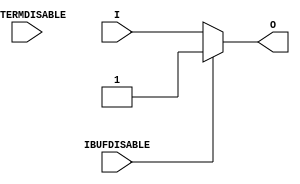
///////////////////////////////////////////////////////////////////////////////
// Copyright (c) 1995/2011 Xilinx, Inc.
// All Right Reserved.
///////////////////////////////////////////////////////////////////////////////
//   ____  ____
//  /   /\/   /
// /___/  \  /    Vendor : Xilinx
// \   \   \/     Version : 13.1
//  \   \         Description : Xilinx Timing Simulation Library Component
//  /   /                  Input Buffer
// /___/   /\     Filename : IBUF_INTERMDISABLE.v
// \   \  /  \    Timestamp : Wed Apr 20 17:49:56 PDT 2011
//  \___\/\___\
//
// Revision:
//    04/20/11 - Initial version.
//    06/15/11 - CR 613347 -- made ouput logic_1 when IBUFDISABLE is active
//    08/31/11 - CR 623170 -- added attribute USE_IBUFDISABLE
//    09/20/11 - CR 624774, 625725 -- Removed attributes IBUF_DELAY_VALUE, IFD_DELAY_VALUE and CAPACITANCE
//    12/13/11 - Added `celldefine and `endcelldefine (CR 524859).
//    10/22/14 - Added #1 to $finish (CR 808642).
// End Revision

`timescale  1 ps / 1 ps


`celldefine

module IBUF_INTERMDISABLE (O, I, IBUFDISABLE, INTERMDISABLE);

    parameter IBUF_LOW_PWR = "TRUE";
    parameter IOSTANDARD = "DEFAULT";
    parameter SIM_DEVICE = "7SERIES";
    parameter USE_IBUFDISABLE = "TRUE";
`ifdef XIL_TIMING
    parameter LOC = "UNPLACED";
`endif // `ifdef XIL_TIMING
    
    output O;

    input  I;
    input  IBUFDISABLE;
    input  INTERMDISABLE;


    wire out_val;
    initial begin
	

        case (IBUF_LOW_PWR)

            "FALSE", "TRUE" : ;
            default : begin
                          $display("Attribute Syntax Error : The attribute IBUF_LOW_PWR on IBUF_INTERMDISABLE instance %m is set to %s.  Legal values for this attribute are TRUE or FALSE.", IBUF_LOW_PWR);
                          #1 $finish;
                      end

        endcase
	if ((SIM_DEVICE != "7SERIES") &&
        (SIM_DEVICE != "ULTRASCALE")) begin
      $display("Attribute Syntax Error : The attribute SIM_DEVICE on IBUF_INTERMDISABLE  instance %m is set to %s.  Legal values for this attribute are 7SERIES or ULTRASCALE.", SIM_DEVICE);
         #1 $finish;
         end
    end
   generate
       case (SIM_DEVICE)
         "7SERIES" : begin
                        assign out_val = 1'b1;
                     end
         "ULTRASCALE" : begin
                        assign out_val = 1'b0;
                     end
        endcase
   endgenerate

    generate
       case (USE_IBUFDISABLE)
          "TRUE" :  begin
                        assign O = (IBUFDISABLE == 0)? I : (IBUFDISABLE == 1)? out_val  : 1'bx;
                    end
          "FALSE" : begin
                        assign O = I;
                    end
       endcase
    endgenerate

`ifdef XIL_TIMING
    specify

        (I => O) 		= (0:0:0,  0:0:0);
        (IBUFDISABLE => O)	= (0:0:0,  0:0:0);
        (INTERMDISABLE => O)	= (0:0:0,  0:0:0);

        specparam PATHPULSE$ = 0;

    endspecify
`endif // `ifdef XIL_TIMING

endmodule

`endcelldefine